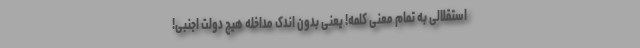
استقلالی به تمام معنی کلمه! یعنی بدون اندک مداخله هیچ دولت اجنبی!